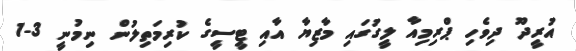
އުރީދޫ ދިވެހި ޕްރިމިއާ ލީގުގައި މާޒިޔާ އާއި ޓީސީގެ ކުރިމަތިލުން ނިމުނީ 3-1